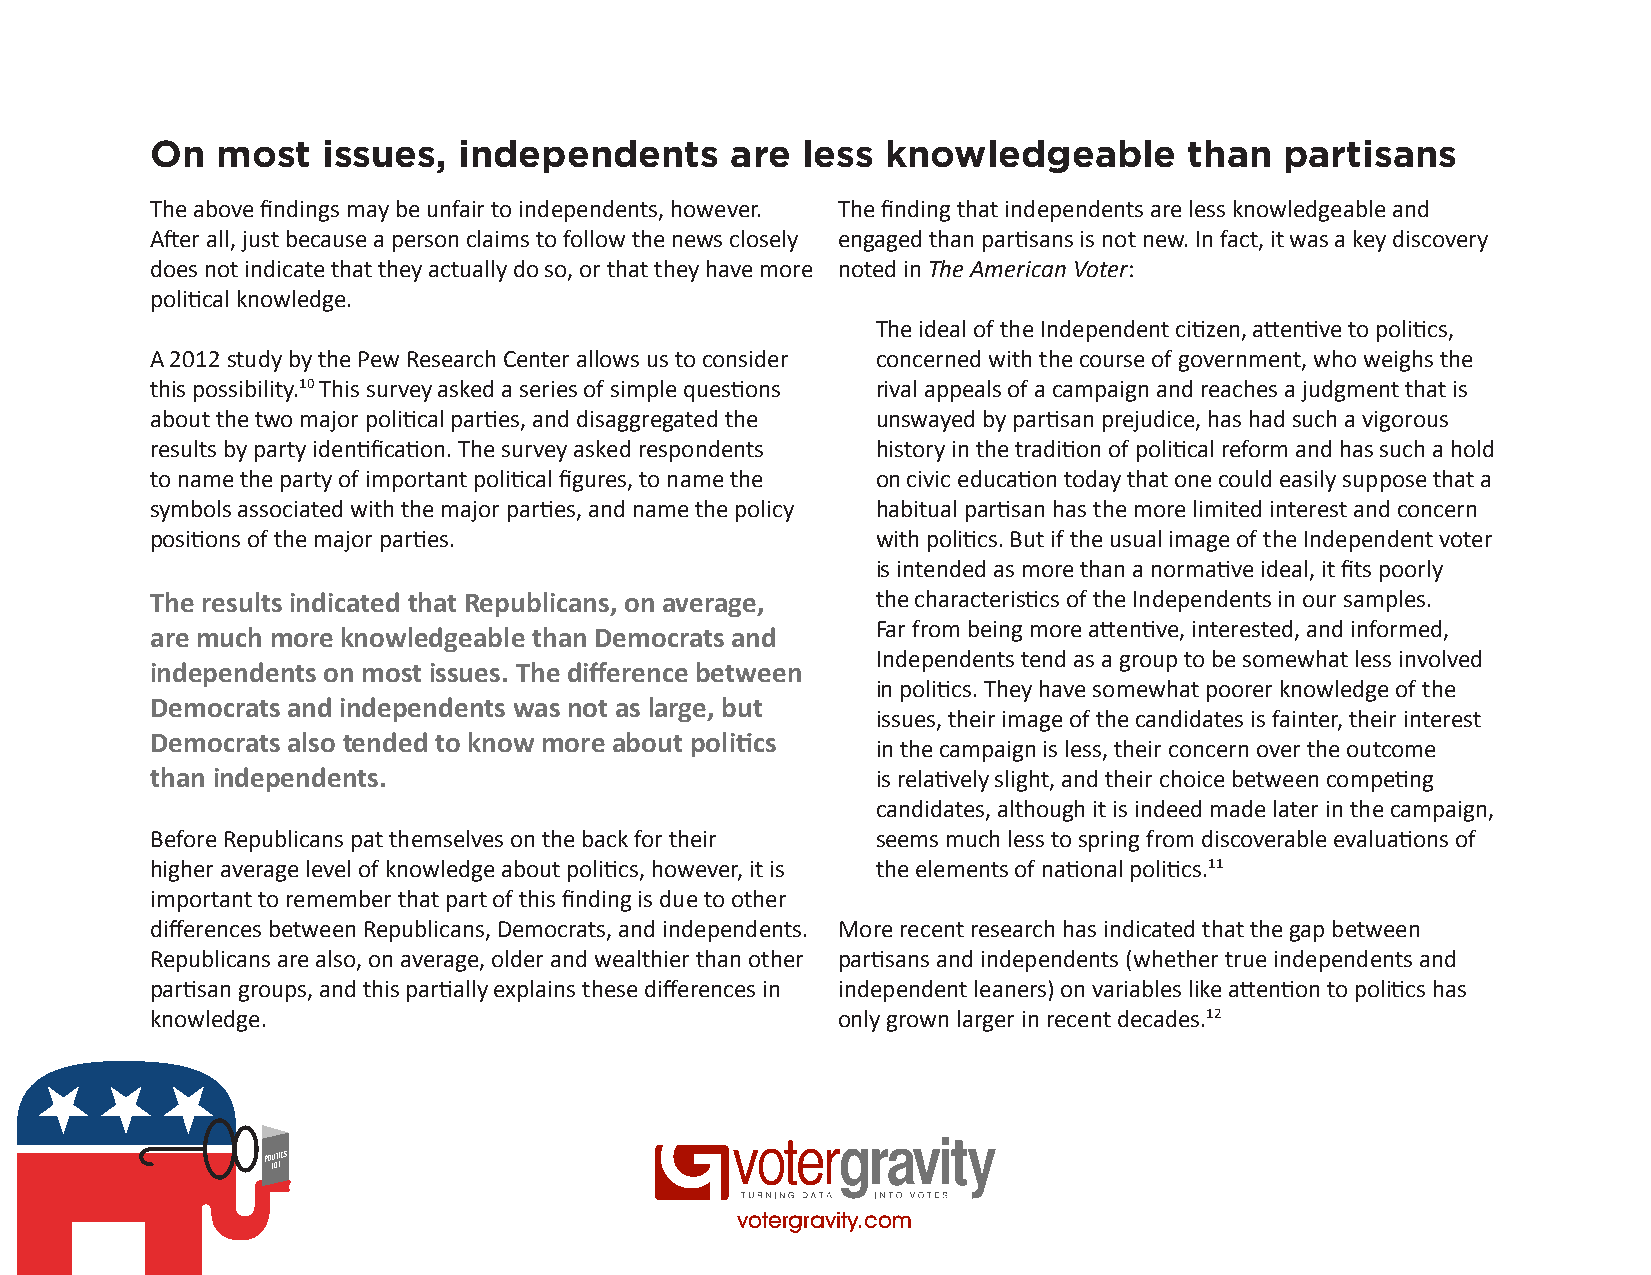
On  most   issues,  independents      are  less  knowledgeable       than  partisans
 The above findings may be unfair to independents, however. The finding that independents are less knowledgeable and
 After all, just because a person claims to follow the news closely engaged than partisans is not new. In fact, it was a key discovery
 does not indicate that they actually do so, or that they have more noted in The American Voter:
 political knowledge.
 The ideal of the Independent citizen, attentive to politics,
 A 2012 study by the Pew Research Center allows us to consider concerned with the course of government, who weighs the
 this possibility.10 This survey asked a series of simple questions rival appeals of a campaign and reaches a judgment that is
 about the two major political parties, and disaggregated the unswayed by partisan prejudice, has had such a vigorous
 results by party identification. The survey asked respondents history in the tradition of political reform and has such a hold
 to name the party of important political figures, to name the on civic education today that one could easily suppose that a
 symbols associated with the major parties, and name the policy habitual partisan has the more limited interest and concern
 positions of the major parties.                 with politics. But if the usual image of the Independent voter
 is intended as more than a normative ideal, it fits poorly
 The results indicated that Republicans, on average, the characteristics of the Independents in our samples.
 Far from being more attentive, interested, and informed,
 are much more knowledgeable than Democrats and
 Independents tend as a group to be somewhat less involved
 independents on most issues. The difference between
 in politics. They have somewhat poorer knowledge of the
 Democrats and independents was not as large, but
 issues, their image of the candidates is fainter, their interest
 Democrats also tended to know more about politics
 in the campaign is less, their concern over the outcome
 than independents.                              is relatively slight, and their choice between competing
 candidates, although it is indeed made later in the campaign,
 Before Republicans pat themselves on the back for their seems much less to spring from discoverable evaluations of
 higher average level of knowledge about politics, however, it is the elements of national politics.11
 important to remember that part of this finding is due to other
 differences between Republicans, Democrats, and independents. More recent research has indicated that the gap between
 Republicans are also, on average, older and wealthier than other partisans and independents (whether true independents and
 partisan groups, and this partially explains these differences in independent leaners) on variables like attention to politics has
 knowledge.                                   only grown larger in recent decades.12
 votergravity.com